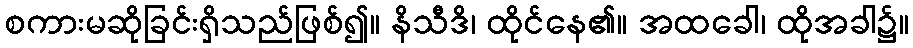
စကားမဆိုခြင်းရှိသည်ဖြစ်၍။ နိသီဒိ၊ ထိုင်နေ၏။ အထခေါ၊ ထိုအခါ၌။